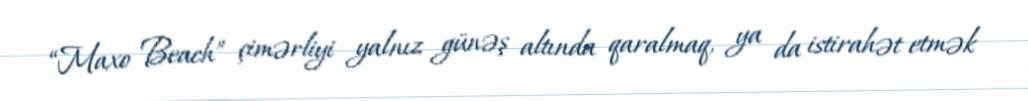
“Maxo Beach” çimərliyi yalnız günəş altında qaralmaq, ya da istirahət etmək